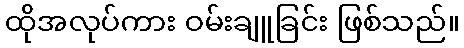
ထိုအလုပ်ကား ဝမ်းချူခြင်း ဖြစ်သည်။